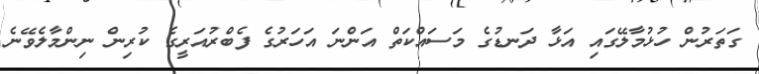
ގަތަރުން ހުޅުމާލޭގައި އަޅާ ދަނޑުގެ މަސައްކަތް އަންނަ އަހަރުގެ ފެބްރުއަރީގެ ކުރިން ނިންމާލެވޭނެ